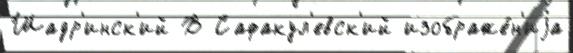
Шадр'инск'ий В Сафакул'евск'ий изображе́н'иjа